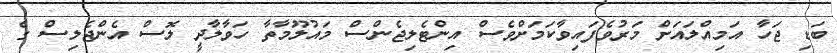
ބަޑި ޖަހާ އަމިއްލައަށް މަރުވެފައިވާކަމަށްވެސް އިންޓެލިޖެންސް މައުލޫމާތާ ހަވާލާދީ ލޮސް އެންޖެލިސް ގެ